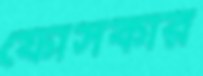
ফোসকার